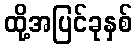
ထို့အပြင်ခုနှစ်